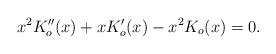
LaTeX: \begin{align*}x^2 K''_o(x)+xK'_o(x)-x^2 K_o(x)=0.\end{align*}